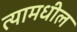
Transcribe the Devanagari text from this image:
त्‍यामधील